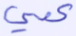
عمي